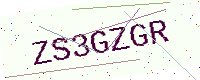
Text: ZS3GZGR